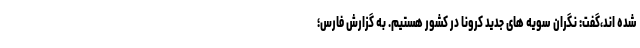
شده اند،گفت: نگران سویه های جدید کرونا در کشور هستیم. به گزارش فارس؛